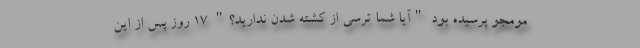
مومجو پرسیده بود "آیا شما ترسی از کشته شدن ندارید؟" 17 روز پس از این